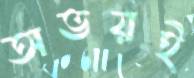
অভয়ই